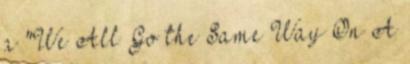
a "We All Go the Same Way On A